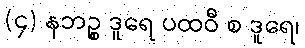
(၄) နဘဉ္စ ဒူရေ ပထဝီ စ ဒူရေ၊